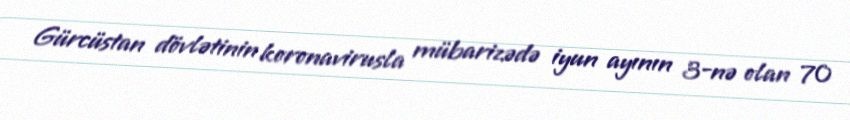
Gürcüstan dövlətinin koronavirusla mübarizədə iyun ayının 3-nə olan 70